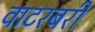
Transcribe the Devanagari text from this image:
वाटरबरी